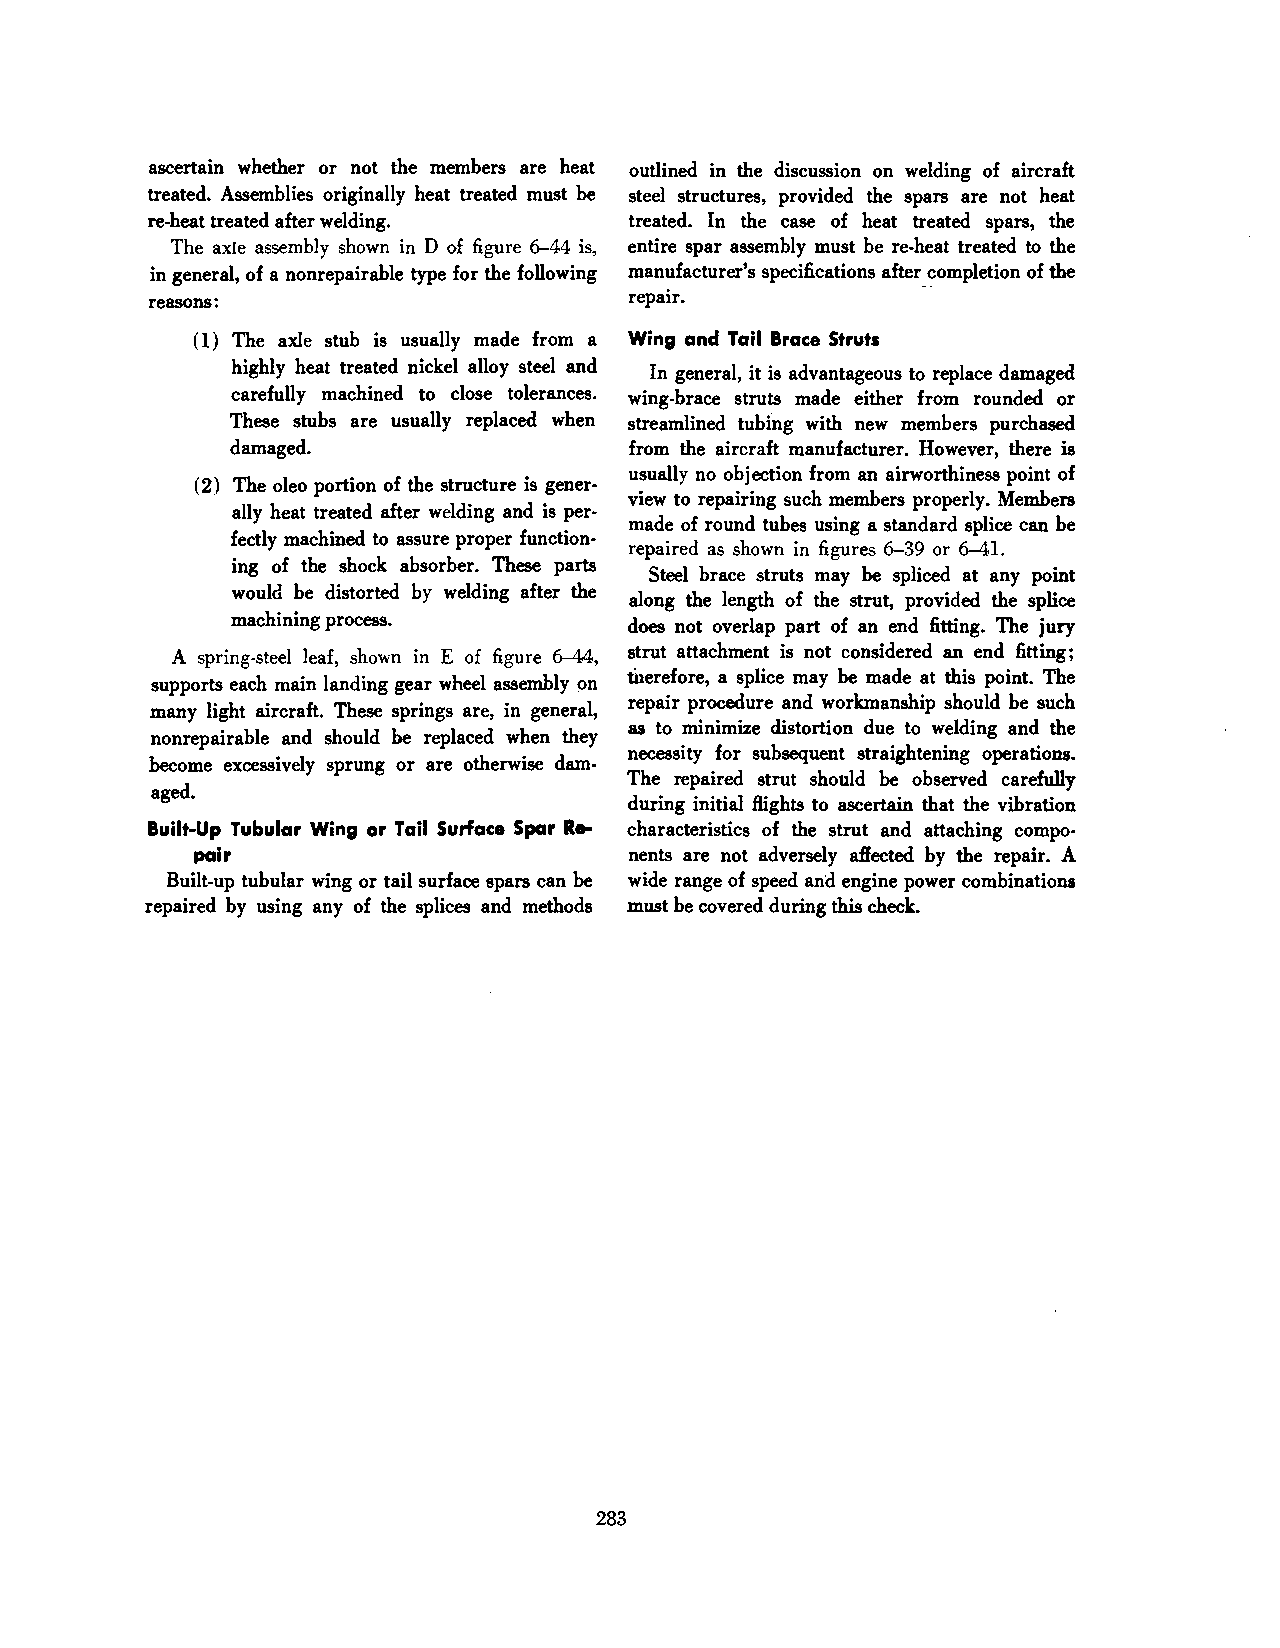
ascertain whether or not the members are heat outlined in the discussion on welding of aircraft
 treated. Assemblies originally heat treated must be steel structures, provided the spars are not heat
 re-heat treated after welding.  treated. In the case of heat treated spars, the
 The axle assembly shown in D of figure 6-44 is, entire spar assembly must be re-heat treated to the
 in general, of a nonrepairable type for the following manufacturer's specifications after5ompletion of the
 reasons:                        repair.
 ( 1) The axle stub is usually made from a Wing and Tail Brace Struts
 highly heat treated nickel alloy steel and
 In general, it is advantageous to replace damaged
 carefully machined to close tolerances. wing-brace struts made either from rounded or
 These stubs are usually replaced when streamlined tubing with new members purchased
 damaged.                  from the aircraft manufacturer. However, there is
 usually no objection from an airworthiness point of
 (2) The oleo portion of the structure is gener
 view to repairing such members properly. Members
 ally heat treated after welding and is per
 made of round tubes using a standard splice can be
 fectly machined to assure proper function
 repaired as shown in figures 6-39 or 6-41.
 ing of the shock absorber. These parts
 Steel brace struts may be spliced at any point
 would be distorted by welding after the
 along the length of the strut, provided the splice
 machining process.
 does not overlap part of an end fitting. The jury
 A spring-steel leaf, shown in E of figure 6-44, strut attachment is not considered an end fitting;
 therefore, a splice may be made at this point. The
 supports each main landing gear wheel assembly on
 repair procedure and workmanship should be such
 many light aircraft. These springs are, in general,
 as to minimize distortion due to welding and the
 nonrepairable and should be replaced when they
 necessity for subsequent straightening operations.
 become excessively sprung or are otherwise dam
 The repaired strut shonld be observed carefully
 aged.
 during initial flights to ascertain that the vibration
 Built-Up Tubular Wing or Tail Surface Spar Re characteristics of the strut and attaching compo
 pair                         nents are not adversely affected by the repair. A
 Built-up tubular wing or tail surface spars can be wide range of speed and engine power combinations
 repaired by using any of the splices and methods must be covered during this check.
 283